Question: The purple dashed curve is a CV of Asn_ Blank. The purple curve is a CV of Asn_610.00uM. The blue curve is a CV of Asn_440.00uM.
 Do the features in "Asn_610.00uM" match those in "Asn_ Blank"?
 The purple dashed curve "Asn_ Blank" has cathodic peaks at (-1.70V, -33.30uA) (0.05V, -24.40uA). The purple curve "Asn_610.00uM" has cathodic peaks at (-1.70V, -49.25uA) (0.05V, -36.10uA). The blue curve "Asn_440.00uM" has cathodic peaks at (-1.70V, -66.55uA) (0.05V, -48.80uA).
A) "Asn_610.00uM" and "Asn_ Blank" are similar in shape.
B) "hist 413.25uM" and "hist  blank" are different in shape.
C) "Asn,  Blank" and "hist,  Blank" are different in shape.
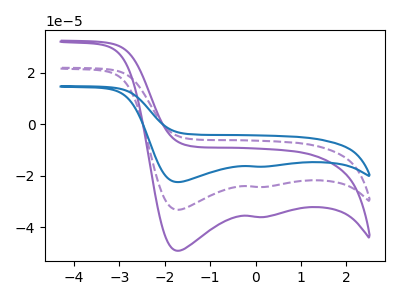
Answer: <think>All the peaks in "Asn_610.00uM" have a peak in "Asn_ Blank" at the same potential. Every peak in "Asn_610.00uM" is higher than every peak in "Asn_ Blank".
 </think>
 <answer>A) "Asn_610.00uM" and "Asn_ Blank" are similar in shape.</answer>
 <eval>A</eval>